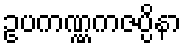
ဥပကဏ္ဏကဇပ္ပိနာ